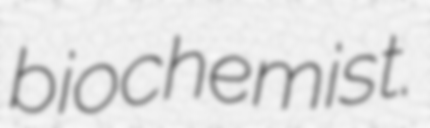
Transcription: biochemist.